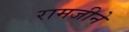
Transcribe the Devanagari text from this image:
रामजीने